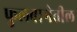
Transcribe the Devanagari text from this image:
फुलबागेतील